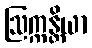
ဩက္ကန္တိယာ